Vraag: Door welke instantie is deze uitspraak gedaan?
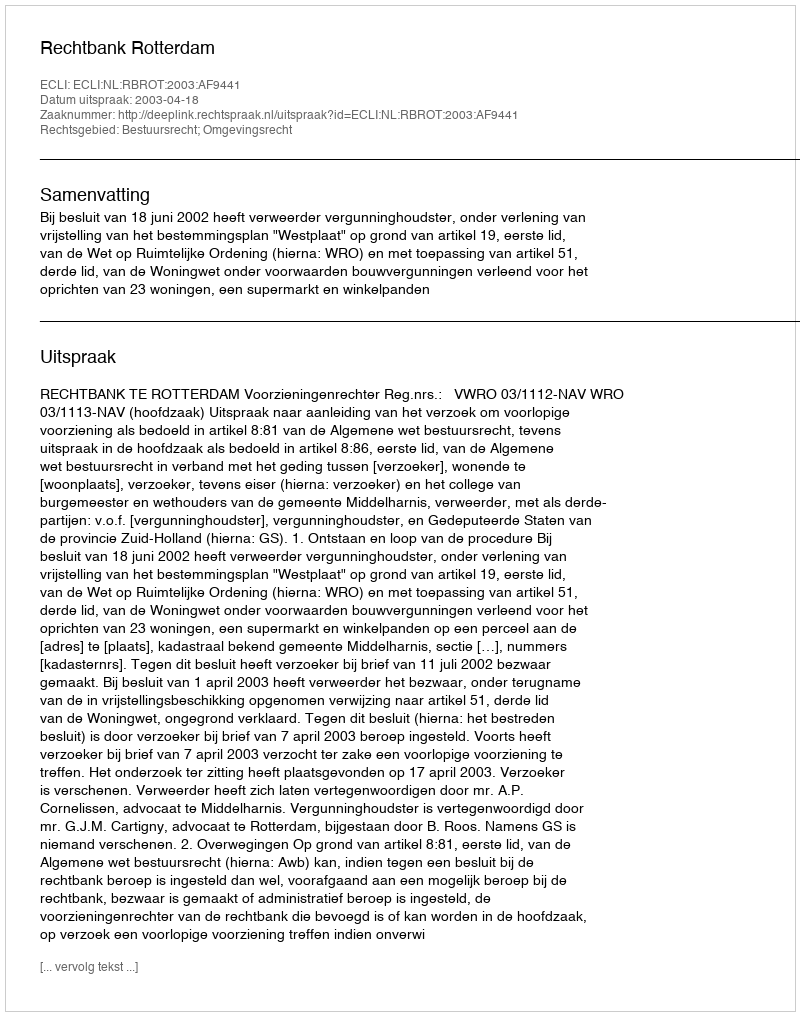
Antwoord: Rechtbank Rotterdam